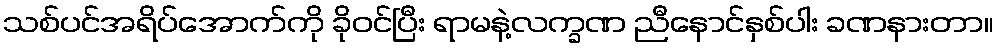
သစ်ပင်အရိပ်အောက်ကို ခိုဝင်ပြီး ရာမနဲ့လက္ခဏ ညီနောင်နှစ်ပါး ခဏနားတာ။